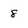
Character: 8